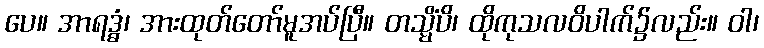
ပေ။ အာရဒ္ဓံ၊ အားထုတ်တော်မူအပ်ပြီ။ တသ္မိံပိ၊ ထိုကုသလဝိပါက်၌လည်း။ ဝါ၊